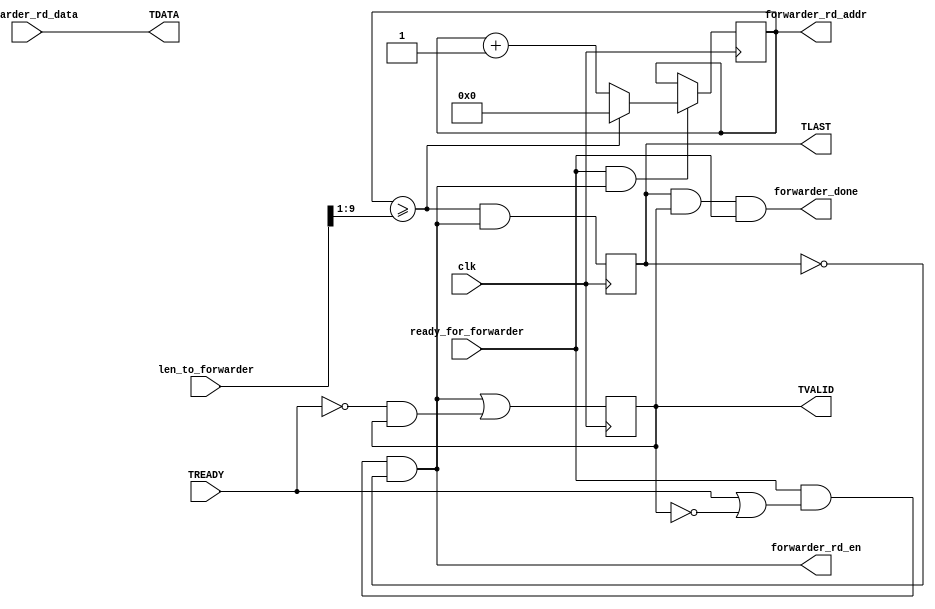
`timescale 1ns / 1ps
/*
axistream_forwarder.v
A simple forwarder which reads a packet out from packetmem.v and send it along
using the AXI Stream protocol. I don't make any claims that it satisfies every
last stipulation in the official AXI Stream spec.
*/


//God what a mess... need to fix the packet length soon!
`define PLEN_WIDTH (ADDR_WIDTH+1)

module axistream_forwarder # (parameter
	DATA_WIDTH = 64,
	ADDR_WIDTH = 9,
	PESSIMISTIC = 0
)(
	
	input wire clk,
	
	//AXI Stream interface
	output wire [DATA_WIDTH-1:0] TDATA, //Registered in another module
	output reg TVALID = 0,
	output reg TLAST,
	input wire TREADY,	
	
	//Interface to packetmem
	output reg [ADDR_WIDTH-1:0] forwarder_rd_addr = 0,
	input wire [DATA_WIDTH-1:0] forwarder_rd_data,
	output wire forwarder_rd_en,
	output wire forwarder_done, //NOTE: this must be a 1-cycle pulse.
	input wire ready_for_forwarder,
	input wire [`PLEN_WIDTH-1:0] len_to_forwarder
);

wire ready_for_forwarder_internal;
wire [`PLEN_WIDTH-1:0] len_to_forwarder_internal;
////////////////////////////////////////
////////// PESSIMISTIC MODE ////////////
////////////////////////////////////////
generate
if (PESSIMISTIC) begin
	//Did this to improve timing
	//Basically, rd_en was combinationally dependent on ready_for_forwarder, which
	//was making these long combinational paths.
	//There's also a hack here: since ready is delayed, we always need to wait an
	//extra cycle after we assert the done signal (for the ready register to "refill")
	//So, if done is 1, we can just force this value to be zero.
	reg ready_for_forwarder_r = 0;
	always @(posedge clk) ready_for_forwarder_r <= ready_for_forwarder && !forwarder_done;
	assign ready_for_forwarder_internal = ready_for_forwarder_r;
	reg [`PLEN_WIDTH-1:0] len_to_forwarder_r;
	always @(posedge clk) len_to_forwarder_r <= len_to_forwarder;
	assign len_to_forwarder_internal = len_to_forwarder_r;
end
///////////////////////////////////////
////////// OPTIMISTIC MODE ////////////
///////////////////////////////////////
else begin
	assign ready_for_forwarder_internal = ready_for_forwarder;
	assign len_to_forwarder_internal = len_to_forwarder;
end
endgenerate
////////////////////////////////////////

//Calculate max addr
wire [ADDR_WIDTH-1:0] maxaddr;
assign maxaddr = len_to_forwarder_internal[`PLEN_WIDTH-1 -: ADDR_WIDTH];

assign TDATA = forwarder_rd_data; 

wire TLAST_next;
assign TLAST_next = (forwarder_rd_addr >= maxaddr && forwarder_rd_en);
//The next flit in TDATA is the last, in this case 

wire [ADDR_WIDTH-1:0] next_addr;
assign next_addr = (ready_for_forwarder_internal && forwarder_rd_en) ? ((forwarder_rd_addr >= maxaddr) ? 0 : forwarder_rd_addr+1) : forwarder_rd_addr;

//We need to enable a read under the following circumstances:
// TVALID	|	TREADY	|	ready_for_forwarder |	rd_en
//	0			0			0					|	0		//Can't read if not ready for forwarder
//	0			0			1					|	1		//We can read, and we have no saved value yet
//	0			1			0					|	0		//Can't read if not ready for forwarder
//	0			1			1					|	1		//We can read, and we have no saved value yet
//	1			0			0					|	0		//Can't read if not ready for forwarder
//	1			0			1					|	0		//We have a saved value which we can't overwrite
//	1			1			0					|	0		//Can't read if not ready for forwarder
//	1			1			1					|	1		//The saved value is beign consumed, and we can read
//Oh yeah, now that I write it out, that makes sense. We always need ready_for_forwarder
//before reading from memory. And we read if TVALID is low, or if (TREADY && TVALID) is high.
//However, if you do the boolean algebra, letting A = TREADY and B = TVALID,
// AB + B' = 
// (A + B')(B + B') = 	(Distribute OR over AND)
// A + B'
// This is equal to, ready_for_forwarder && (!TVALID || (TVALID && TREADY))
assign forwarder_rd_en = (ready_for_forwarder_internal && (TREADY || !TVALID) && !TLAST);

wire TVALID_next;
//I should do another truth table:
// TVALID	|	TREADY	|	forwarder_rd_en		|	TVALID_next
//	0			0			0					|	0			//TVALID was 0, and no new memory was read
//	0			0			1					|	1			//New memory was read
//	0			1			0					|	0			//TVALID was 0, and no new memory was read
//	0			1			1					|	1			//TVALID was 0, but new memory was read
//	1			0			0					|	1			//TVALID was 1, and saved value was not emptied
//	1			0			1					|	d			//This can never happen due to the logic for forwarder_rd_en
//	1			1			0					|	0			//The saved value will be emptied, and no new value is read
//	1			1			1					|	1			//The saved value will be emptied and replaced
// KMAP:
//	{TREADY, TVALID}		00	01	11	10
//  forwarder_rd_en = 0		0	1	0	0
//  forwarder_rd_en = 1		1	1	1	d
// TVALID_next = forwarder_rd_en || (!TREADY && TVALID)
assign TVALID_next = forwarder_rd_en || (!TREADY && TVALID);

always @(posedge clk) begin
	forwarder_rd_addr <= next_addr;
	TVALID <= TVALID_next;
	TLAST <= TLAST_next;
end

assign forwarder_done = TLAST && TVALID && ready_for_forwarder_internal;
endmodule

`undef PLEN_WIDTH